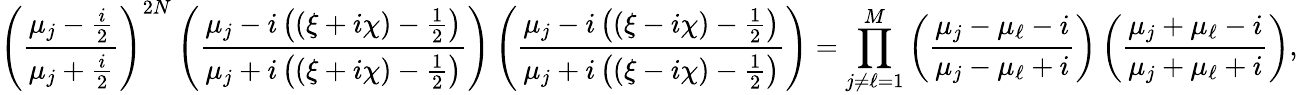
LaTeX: \left(\frac{\mu_{j}-\frac{i}{2}}{\mu_{j}+\frac{i}{2}}\right)^{2N}\left(\frac{\mu_{j}-i\left((\xi+i\chi)-\frac{1}{2}\right)}{\mu_{j}+i\left((\xi+i\chi)-\frac{1}{2}\right)}\right)\left(\frac{\mu_{j}-i\left((\xi-i\chi)-\frac{1}{2}\right)}{\mu_{j}+i\left((\xi-i\chi)-\frac{1}{2}\right)}\right)=\prod_{j\neq\ell=1}^{M}\left(\frac{\mu_{j}-\mu_{\ell}-i}{\mu_{j}-\mu_{\ell}+i}\right)\left(\frac{\mu_{j}+\mu_{\ell}-i}{\mu_{j}+\mu_{\ell}+i}\right),